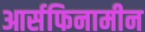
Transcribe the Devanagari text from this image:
आर्सफिनामीन